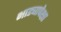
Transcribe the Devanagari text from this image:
भाड्यापेक्षा